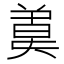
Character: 𣍄